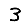
Digit: 3